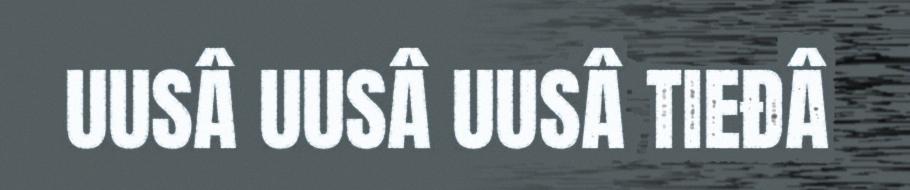
UUSÂ UUSÂ UUSÂ TIEĐÂ